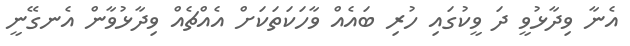
އެނާ ވިދާޅުވީ ދަ ވީކުގައި ހުރި ބައެއް ވާހަކަތަކަށް އެއްޗެއް ވިދާޅުވާން އެނގޭނީ